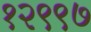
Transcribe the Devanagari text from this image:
१२९९७